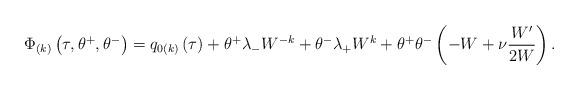
LaTeX: \begin{align*}\Phi _{\left( k\right) }\left( \tau, \theta ^{+}, \theta ^{-}\right)=q_{0\left( k\right) }\left( \tau \right) +\theta ^{+}\lambda_{-}W^{-k}+\theta ^{-}\lambda _{+}W^k+\theta ^{+}\theta ^{-}\left( -W+\nu\frac{W^{\prime }}{2W}\right) .\end{align*}